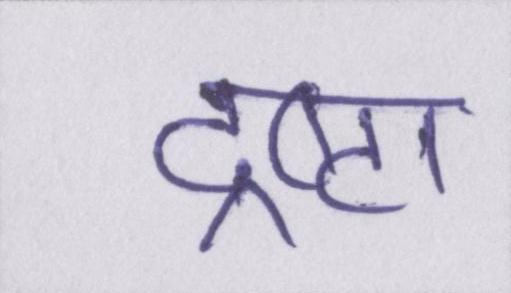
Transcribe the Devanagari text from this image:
द्रष्टा